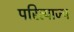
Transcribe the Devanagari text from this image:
परित्याज्य